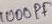
Text: 1000FF